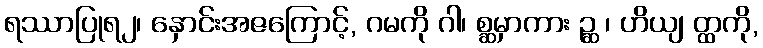
ရဿာပြုရ၂၊ နှောင်းအဇကြောင့်, ဂမကို ဂါ၊ စ္ဆမှာကား ဉ္ဆ ၊ ဟိယျ တ္ထကို,